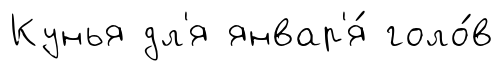
Кунья дл'я январ'я́ голо́в